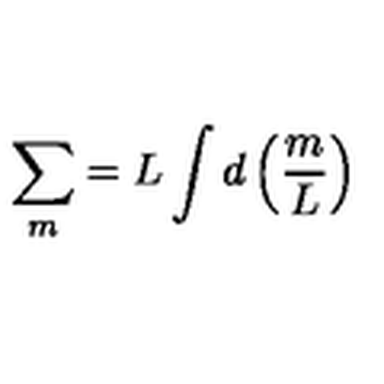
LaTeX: \sum _ { m } = L \int d \left( \frac { m } { L } \right)